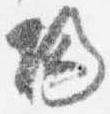
帰